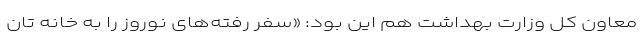
معاون کل وزارت بهداشت هم این بود: «سفر رفته‌های نوروز را به خانه تان